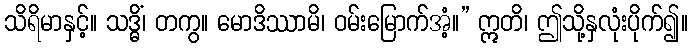
သိရိမာနှင့်။ သဒ္ဓိံ၊ တကွ။ မောဒိဿာမိ၊ ဝမ်းမြောက်အံ့။” ဣတိ၊ ဤသို့နှလုံးပိုက်၍။